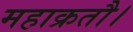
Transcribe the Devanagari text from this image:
महाक्रतौ।